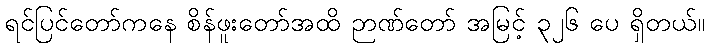
ရင်ပြင်တော်ကနေ စိန်ဖူးတော်အထိ ဉာဏ်တော် အမြင့် ၃၂၆ ပေ ရှိတယ်။